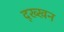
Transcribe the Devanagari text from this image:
द्ख्खन